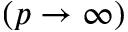
( p \rightarrow \infty )